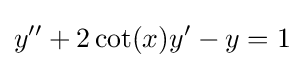
y''+2\cot(x)y'-y=1